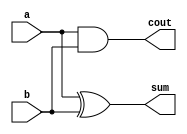
module Half_adder(a, b, sum , cout);
    input a, b;
    output sum , cout;

    assign sum = a ^ b ;
    assign cout= a & b ;

endmodule